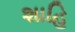
શાહિ